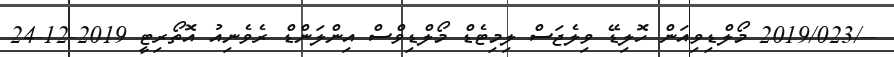
--/2019/023 މޯލްޑިވިއަން ހޮލިޑޭ ވިލެޖަސް ލިމިޓެޑް މޯލްޑިވްސް އިންލަންޑް ރެވެނިއު އޮތޯރިޓީ 2019-12-24